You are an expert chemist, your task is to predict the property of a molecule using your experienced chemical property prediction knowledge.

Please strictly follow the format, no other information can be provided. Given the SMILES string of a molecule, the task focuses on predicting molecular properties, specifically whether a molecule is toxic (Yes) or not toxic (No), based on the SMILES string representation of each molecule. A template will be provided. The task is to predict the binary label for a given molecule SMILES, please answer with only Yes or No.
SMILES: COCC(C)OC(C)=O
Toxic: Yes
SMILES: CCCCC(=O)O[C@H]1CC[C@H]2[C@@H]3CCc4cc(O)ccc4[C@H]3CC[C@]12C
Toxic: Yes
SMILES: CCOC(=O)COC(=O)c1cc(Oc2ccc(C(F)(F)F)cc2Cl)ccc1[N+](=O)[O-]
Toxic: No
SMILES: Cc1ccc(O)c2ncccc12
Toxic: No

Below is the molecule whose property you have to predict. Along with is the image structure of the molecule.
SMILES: CC(C(O)c1ccccc1)N(C)CCOC(c1ccccc1)c1ccccc1
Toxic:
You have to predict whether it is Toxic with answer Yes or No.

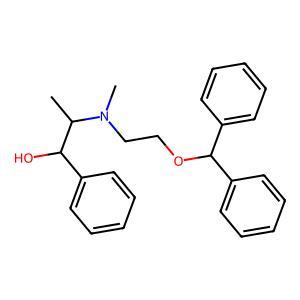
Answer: No